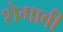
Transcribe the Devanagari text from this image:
शेगावी